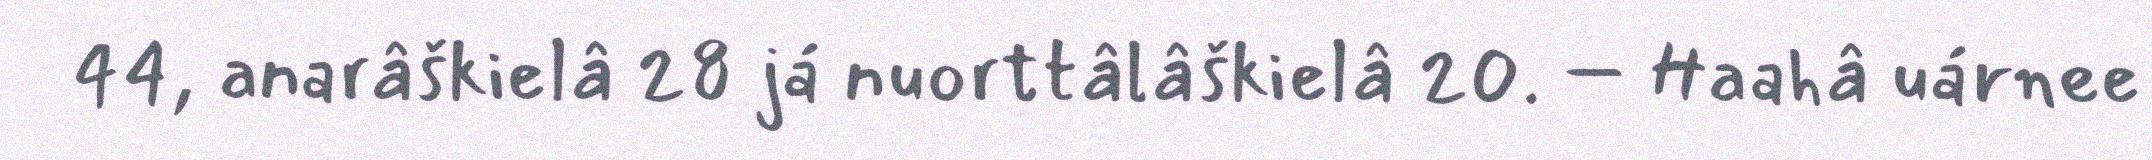
44, anarâškielâ 28 já nuorttâlâškielâ 20. – Haahâ uárnee